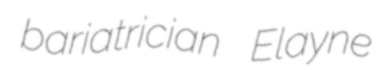
bariatrician Elayne